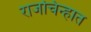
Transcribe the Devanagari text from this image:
राजचिन्हात